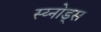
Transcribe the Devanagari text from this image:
स्य्नोड्स